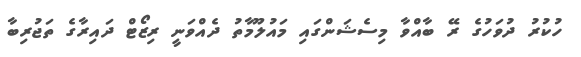
ހުކުރު ދުވަހުގެ ރޭ ބާއްވާ މިސެޝަންގައި މައުލޫމާތުު ދެއްވަނީ ރިޒޯޓް ދައިރާގެ ތަޖުރިބާ